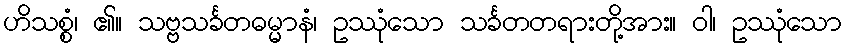
ဟိသစ္စံ၊ ၏။ သဗ္ဗသင်္ခတဓမ္မာနံ၊ ဥဿုံသော သင်္ခတတရားတို့အား။ ဝါ၊ ဥဿုံသော